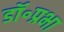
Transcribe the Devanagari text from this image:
डॉ॰प्रभा